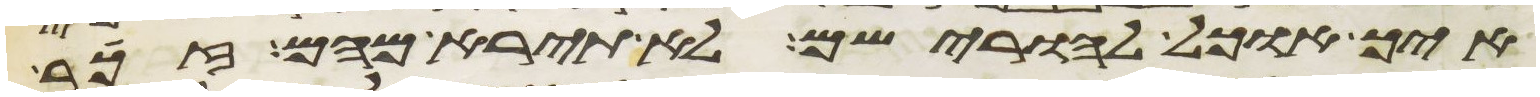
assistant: איך אוכל להורישם לא תירא מהם זכר